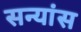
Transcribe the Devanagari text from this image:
सन्यांस